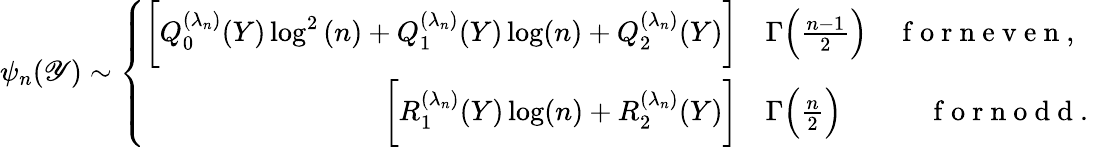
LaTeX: \psi_{n}(\mathscr{Y})\sim\left\{ \begin{array}{rl}{\bigg[Q_{0}^{(\lambda_{n})}(Y)\log^{2}{(n)}+Q_{1}^{(\lambda_{n})}(Y)\log(n)+Q_{2}^{(\lambda_{n})}(Y)\bigg]}&{{}\Gamma\Big(\frac{n-1}{2}\Big)\quad\mathrm{~f~o~r~n~e~v~e~n~,~}}\\ {\bigg[R_{1}^{(\lambda_{n})}(Y)\log(n)+R_{2}^{(\lambda_{n})}(Y)\bigg]}&{{}\Gamma\Big(\frac{n}{2}\Big)\quad\qquad\mathrm{~f~o~r~n~o~d~d~.~}}\end{array}\right.